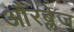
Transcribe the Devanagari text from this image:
औरब्लेज